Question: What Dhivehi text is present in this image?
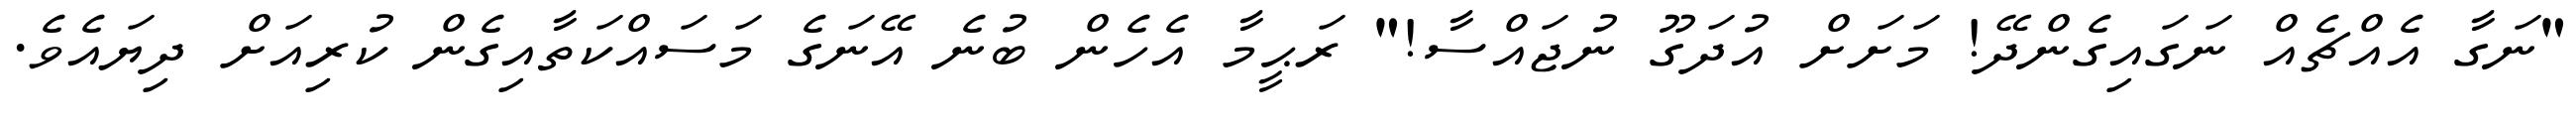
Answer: "ނަގާ އެއްޗެއް ނަގައިގެންދޭ! މަށަށް އުދަގޫ ނުޖައްސާ!" ރަޙީމާ އެހެން ބުނެ އޭނަގެ މަސައްކަތާއިގެން ކުރިއަށް ދިޔައެވެ.